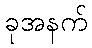
ခုအနက်